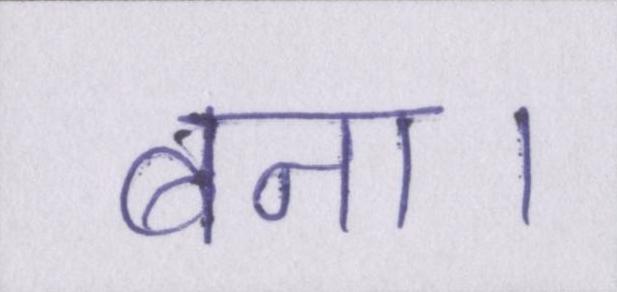
बना।